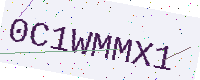
Text: 0C1WMMX1